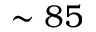
\sim 8 5